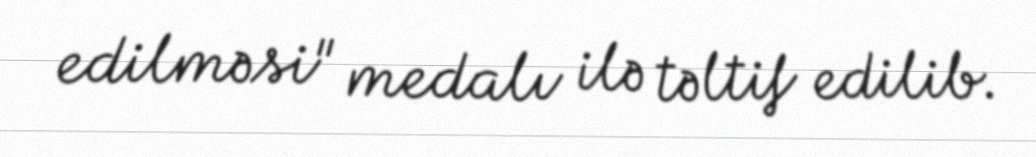
edilməsi" medalı ilə təltif edilib.